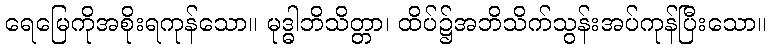
ရေမြေကိုအစိုးရကုန်သော။ မုဒ္ဓါဘိသိတ္တာ၊ ထိပ်၌အဘိသိက်သွန်းအပ်ကုန်ပြီးသော။